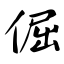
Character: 倔